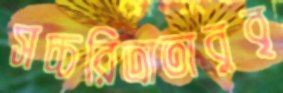
সচ্চরিত্রাতাবুবৃ